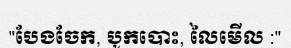
"បែងចែក, បូកបោះ, លៃមើល :"